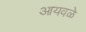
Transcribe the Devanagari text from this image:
आयवळे